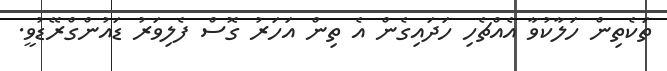
ތަކެތިން ހަލާކުވާ އެއްޗެހި ހަދައިގެން އެ ތިން އަހަރު ގޮސް ފެލިވަރު ޑައުންގްރޭޑުވީ.